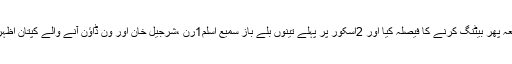
پاکستان نے ٹاس جیت کر ایک دفعہ پھر بیٹنگ کرنے کا فیصلہ کیا اور 2اسکور پر پہلے تینوں بلے باز سمیع اسلم1رَن ،شرجیل خان اور وَن ڈاؤن آنے والے کپتان اظہر علی صفر،0 پر پویلن میں تھے۔